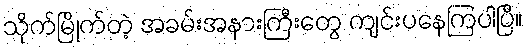
သိုက်မြိုက်တဲ့ အခမ်းအနားကြီးတွေ ကျင်းပနေကြပါပြီ။